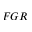
F G R